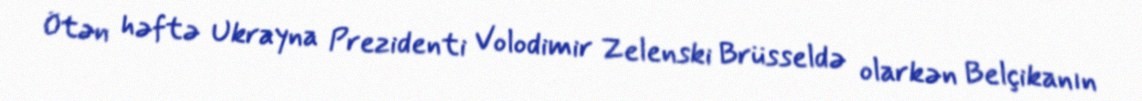
Ötən həftə Ukrayna Prezidenti Volodimir Zelenski Brüsseldə olarkən Belçikanın